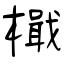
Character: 檝